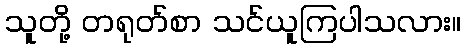
သူတို့ တရုတ်စာ သင်ယူကြပါသလား။